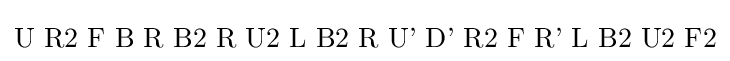
{\text{U R2 F B R B2 R U2 L B2 R U' D' R2 F R' L B2 U2 F2}}